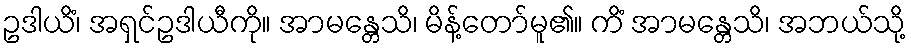
ဥဒါယိံ၊ အရှင်ဥဒါယီကို။ အာမန္တေသိ၊ မိန့်တော်မူ၏။ ကိံ အာမန္တေသိ၊ အဘယ်သို့